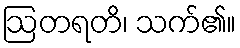
ဩတရတိ၊ သက်၏။